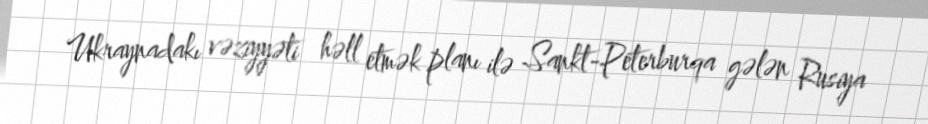
Ukraynadakı vəziyyəti həll etmək planı ilə Sankt-Peterburqa gələn Rusiya